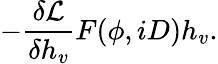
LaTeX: -\frac{\delta{\cal L}}{\delta h_{v}}F(\phi,iD)h_{v}.